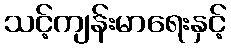
သင့်ကျန်းမာရေးနှင့်